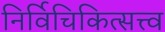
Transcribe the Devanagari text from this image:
निर्विचिकित्सत्त्व